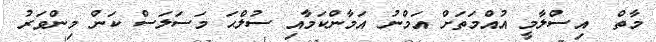
މާތް  އިސްލާމީ އުއްމަތަށް އަމްނު އަމާންކަމާއި ސުލްޙަ މަސަލަސް ކަން މިންވަރު